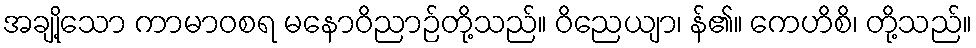
အချို့သော ကာမာဝစရ မနောဝိညာဉ်တို့သည်။ ဝိညေယျာ၊ န်၏။ ကေဟိစိ၊ တို့သည်။